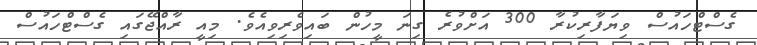
ގެސްޓްހައުސް ވިޔަފާރިކުރާ 300 އަށްވުރެ ގިނަ މީހުން ބައިވެރިވިއެވެ. މިއީ ރާއްޖޭގައި ގެސްޓްހައުސް